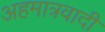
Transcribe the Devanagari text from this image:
अहमात्रवादी